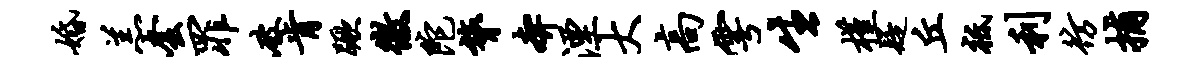
婚羔套罪破肯蹶徼陀膂奔湮大高雩生槿疑丘祗利彷捕